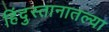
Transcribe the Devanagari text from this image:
हिंदुस्तानातल्या